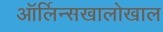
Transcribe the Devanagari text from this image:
ऑर्लिन्सखालोखाल